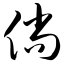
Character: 倘